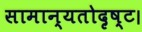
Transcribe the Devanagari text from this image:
सामान्यतोदृष्ट।